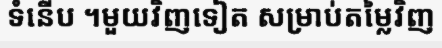
ទំនើប ។មួយវិញទៀត សម្រាប់តម្លៃវិញ